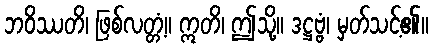
ဘဝိဿတိ၊ ဖြစ်လတ္တံ့။ ဣတိ၊ ဤသို့။ ဒဋ္ဌဗ္ဗံ၊ မှတ်သင့်၏။